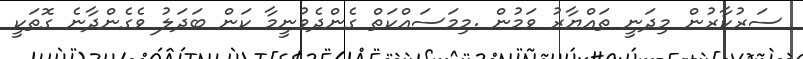
ސަރުކާރުން މިދަނީ ތައްޔާރު ވަމުން .މިމަސައްކަތް ގެންދެވުނީމާ ކަން ބަދަލު ވެގެންދާނެ ގޮތަކީ